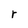
Character: r